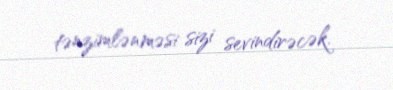
tənzimlənməsi sizi sevindirəcək.